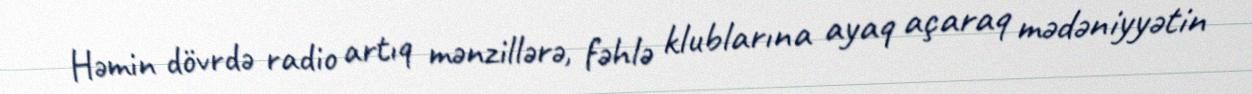
Həmin dövrdə radio artıq mənzillərə, fəhlə klublarına ayaq açaraq mədəniyyətin